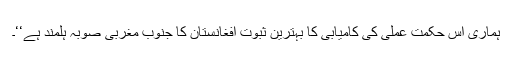
ہماری اس حکمت عملی کی کامیابی کا بہترین ثبوت افغانستان کا جنوب مغربی صوبہ ہلمند ہے‘‘۔